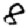
Digit: 8